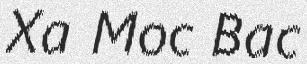
Xa Moc Bac